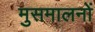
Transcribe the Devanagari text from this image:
मुसमालनों